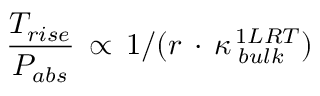
\frac { T _ { r i s e } } { P _ { a b s } } \, \propto \, 1 / ( r \, \cdot \, \kappa _ { \, \, b u l k } ^ { \, 1 L R T } )